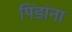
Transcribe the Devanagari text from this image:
पिंडांना